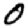
Digit: 0